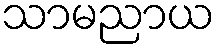
သာမညာယ